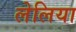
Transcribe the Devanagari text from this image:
लेलिया